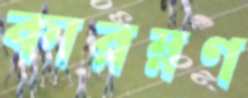
কারম্নণ